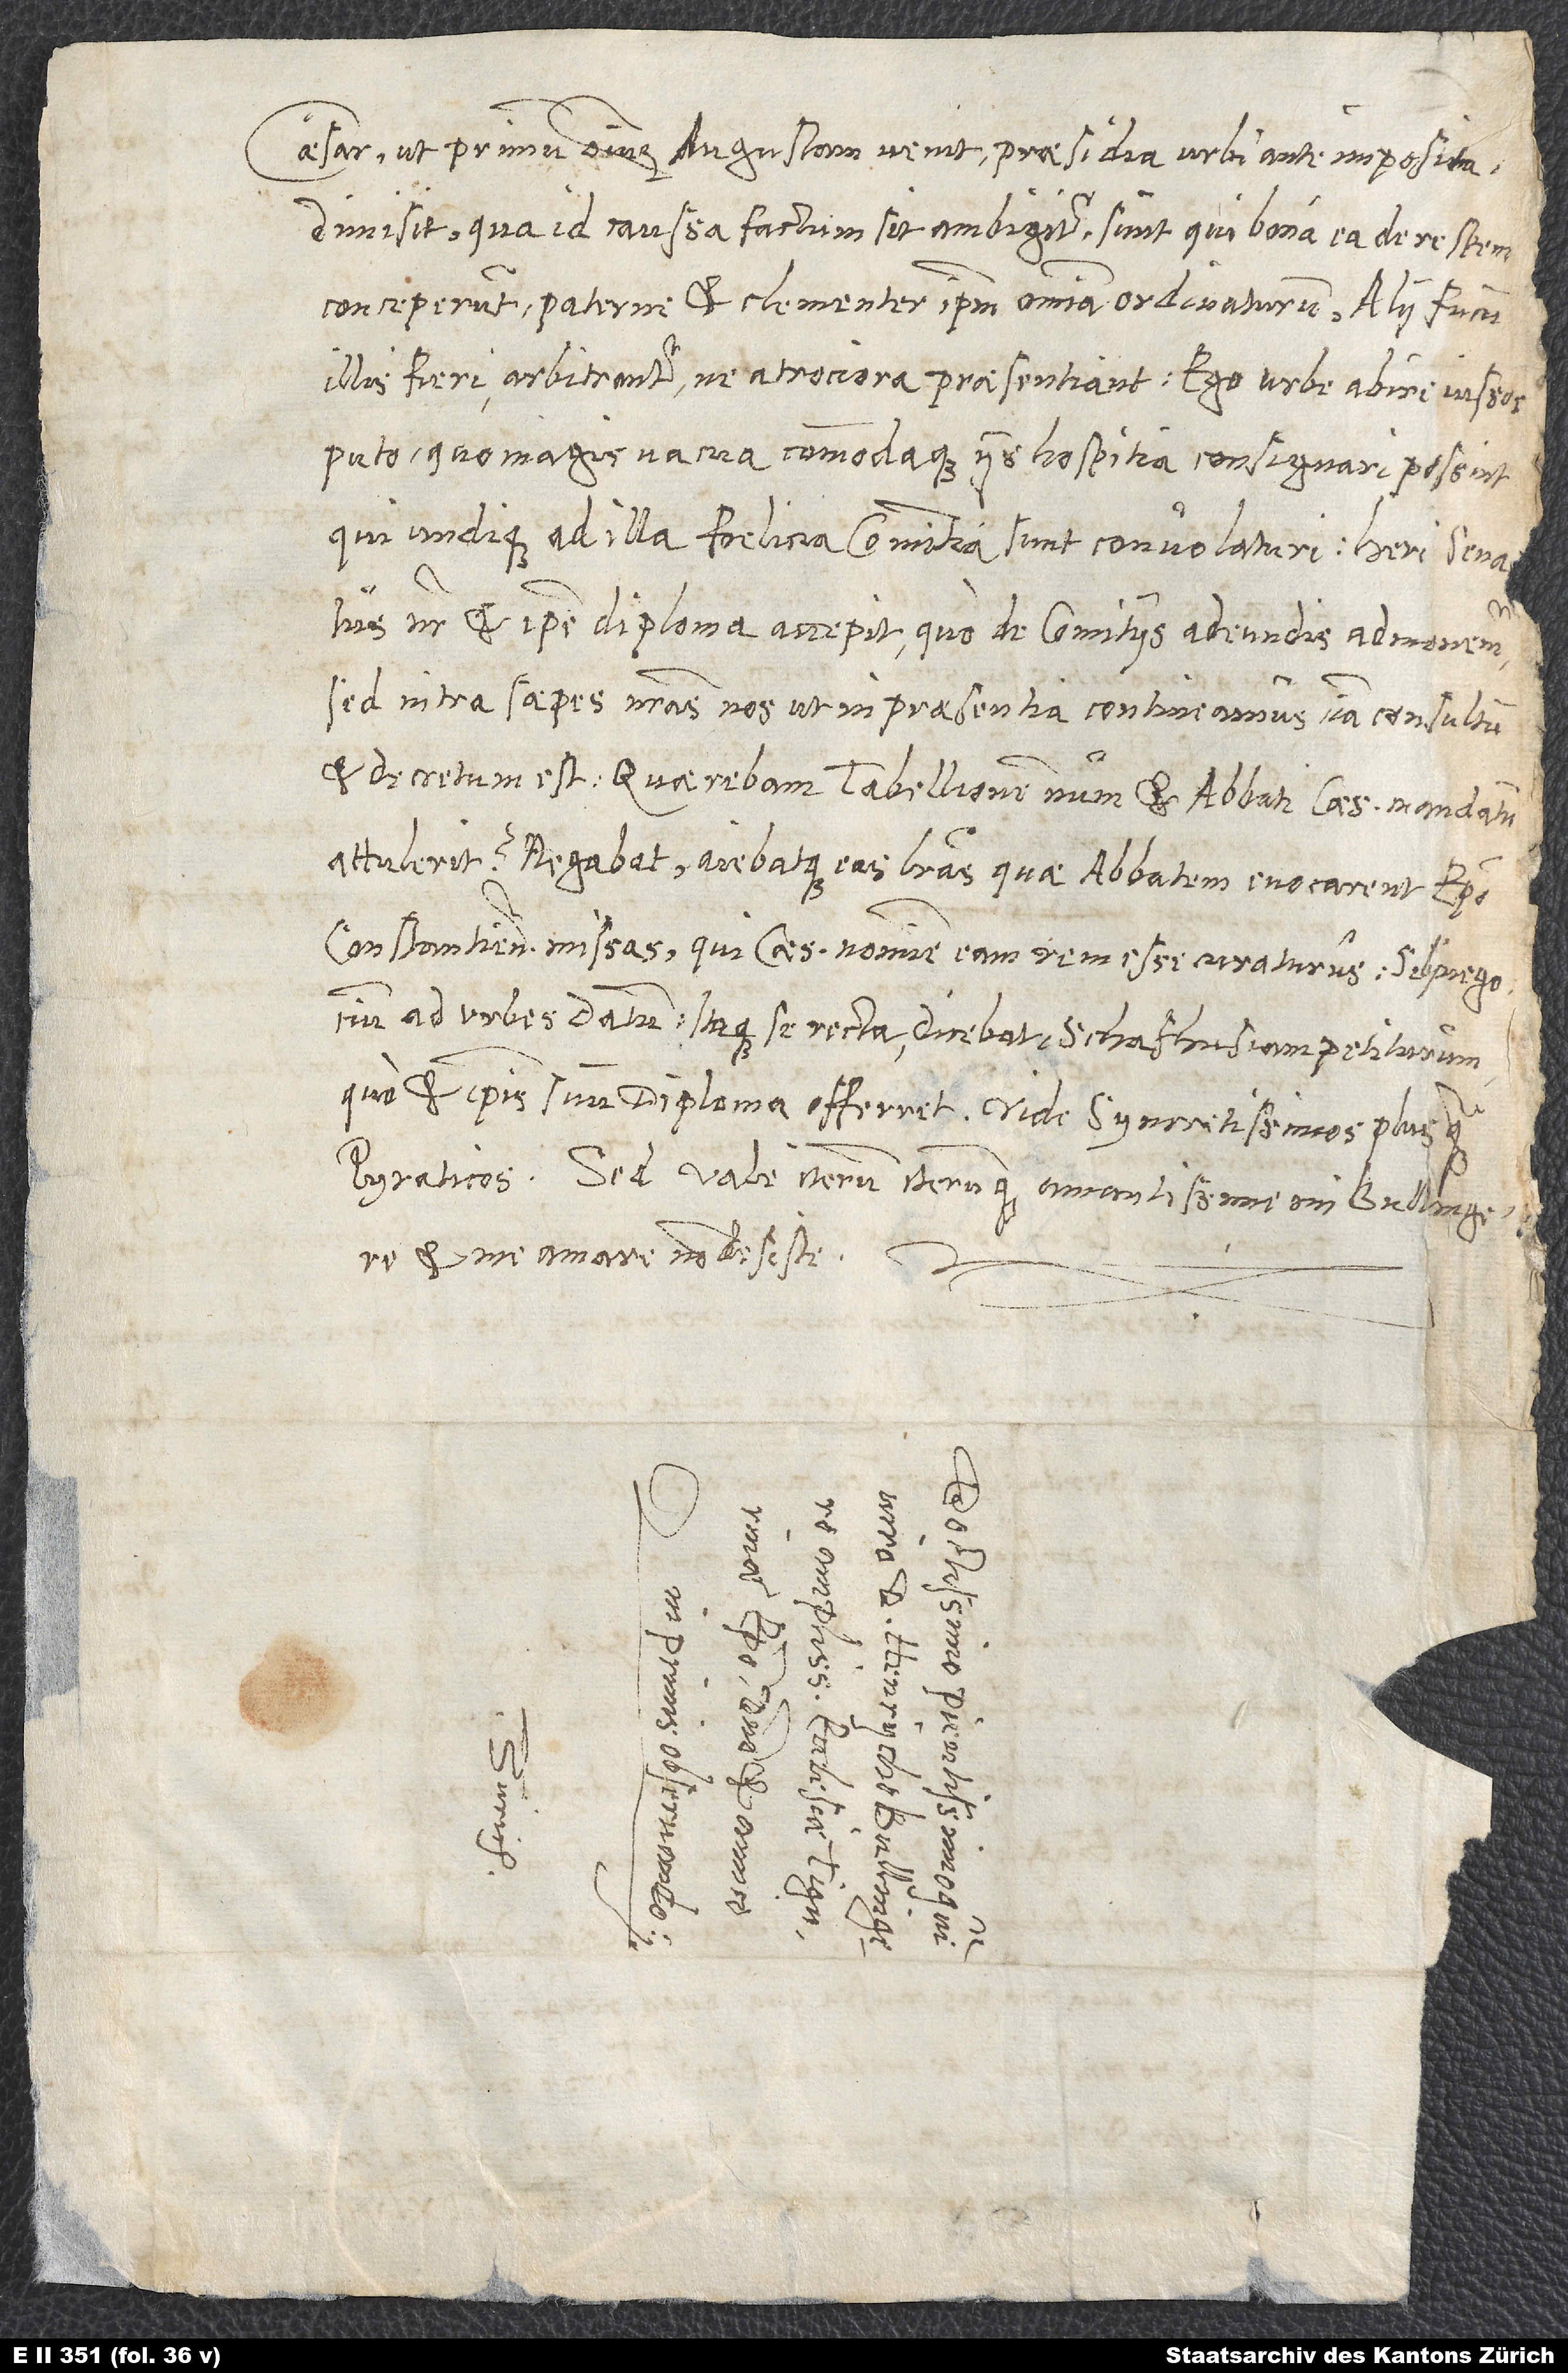
Caesar, ut primum omnium Augusta venit, praesidia urbi ante imposita
dimisit. Qua id caussa factum sit, ambigitur. Sunt, qui bonam ea de re spem
conceperunt, paterne et clementer ipsum omnia ordinaturum; alii fucum
illis fieri arbitrantur, ne atrociora praesentiant. Ego urbe abire iussos
puto, quo magis vacua commodaque iis hospitia consignari possint,
qui undique ad illa foelicia comitia sunt convolaturi. Heri senatus
noster et ipse diploma accepit, quo de comitiis adeundis admonemur.
Sed intra saepes nostras nos, ut in praesentia contineamus, iam consultum
attulerit? Negabat aiebatque eas literas, quae abbatem evocarent, episcopo
Constantiensi missas, qui caesaris nomine eam rem esset curaturus. Sibi
ad urbes datum, itaque se recta dicebat Schafhusiam petiturum,
quo et ipsis suum diploma offerret. Vide syncretissimos plus quam
et me amare non desiste.
S.
d.